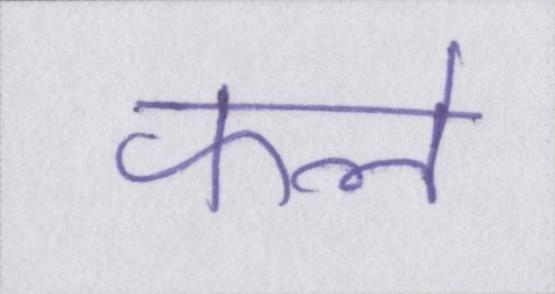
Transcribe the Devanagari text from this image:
फले